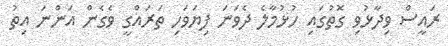
ރައީސް ވިދާޅުވި ގޮތުގައި ހުޅުމާލެ ދެވަނަ ފިޔަވަހި ތަރައްގީ ވެގެން އަންނަ އިތު